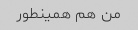
من هم همینطور